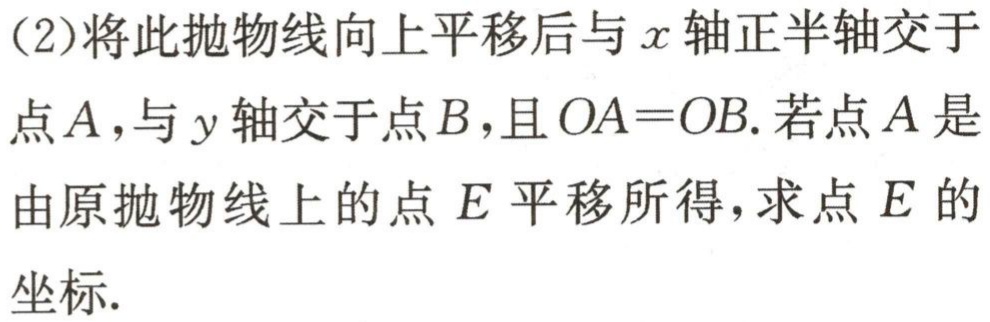
(2)将此抛物线向上平移后与\(x\)轴正半轴交于点\(A\)，与\(y\)轴交于点\(B\)，且\(OA = OB\). 若点\(A\)是由原抛物线上的点\(E\)平移所得，求点\(E\)的坐标.